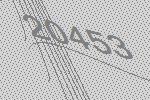
20453